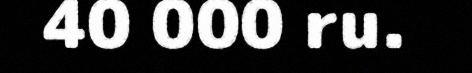
40 000 ru.